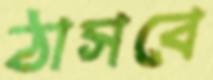
ঠাসবে